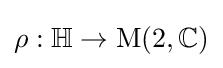
\rho :\mathbb {H} \to \operatorname {M} (2,\mathbb {C} )